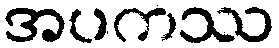
အပကဿ